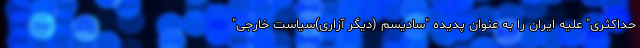
حداکثری" علیه ایران را به عنوان پدیده "سادیسم (دیگر آزاری)سیاست خارجی"